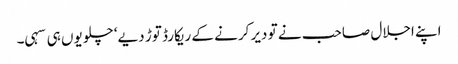
اپنے اجلال صاحب نے تو دیر کرنے کے ریکارڈ توڑ دیے‘ چلو یوں ہی سہی۔